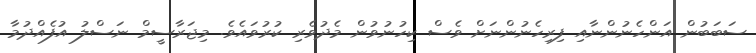
ސަބަބުން އަންހެނުންނާއި ފިރިހެނުންނަށް ވެސް ކިހުނުވުން މެދުވެރި ކުރުވައެވެ. މިޖަރާސީމް ނަސްލު އުފެއްދުމާ